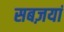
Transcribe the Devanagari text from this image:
सबज़यां